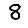
Digit: 8